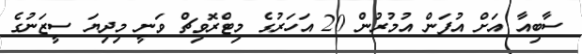
ސާބިއާ އަށް އުފަން އުމުރުން 20 އަހަރުގެ މިޓްރޮވިޗް ވަނީ މިދިޔަ ސީޒަނުގެ